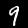
Label: 9